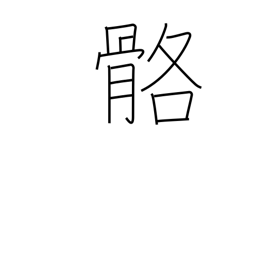
Meaning: bleached bones